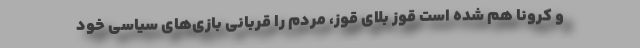
و کرونا هم شده است قوز بلای قوز، مردم را قربانی بازی‌های سیاسی خود